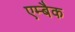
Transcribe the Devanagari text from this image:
एम्बैक